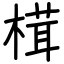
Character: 榵